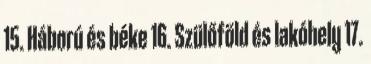
15. Háború és béke 16. Szülőföld és lakóhely 17.